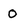
Character: O